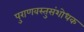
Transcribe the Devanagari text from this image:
पुराणवस्तुसंशोधक